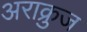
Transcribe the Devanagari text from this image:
अराक्रुज